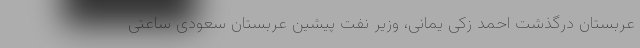
عربستان درگذشت احمد زکی یمانی، وزیر نفت پیشین عربستان سعودی ساعتی